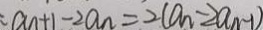
a _ { n + 1 } - 2 a _ { n } = 2 ( a _ { n } - 2 a _ { n - 1 } )